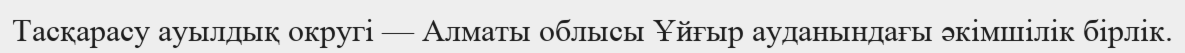
Тасқарасу ауылдық округі — Алматы облысы Ұйғыр ауданындағы әкімшілік бірлік.